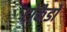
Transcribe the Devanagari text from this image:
टोकैडो